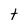
Character: t